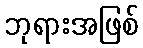
ဘုရားအဖြစ်